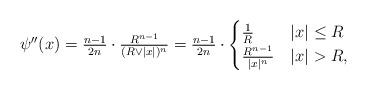
LaTeX: \begin{align*} \psi''(x)= \textstyle \frac{n-1}{2n}\cdot\frac{R^{n-1}}{(R\vee|x|)^n} = \frac{n-1}{2n}\cdot \begin{cases} \frac{1}{R} & |x|\leq R \\ \frac{R^{n-1}}{|x|^n} & |x|>R, \end{cases}\end{align*}